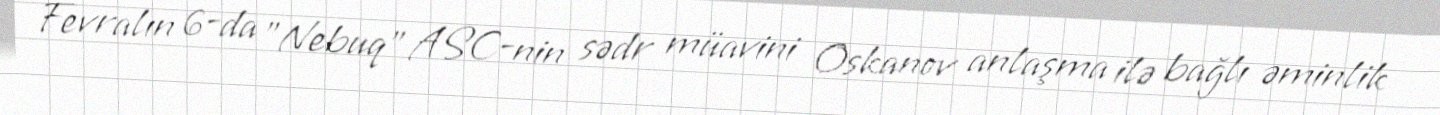
Fevralın 6-da "Nebuq" ASC-nin sədr müavini Oskanov anlaşma ilə bağlı əminlik